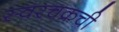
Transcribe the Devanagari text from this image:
स्वरचक्रची